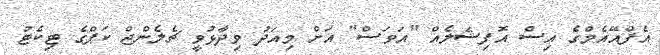
އެފްއޭއެމްގެ އިސް އޮފިޝަލެއް "އަވަސް" އަށް މިއަދު ވިދާޅުވީ ޗެލެންްޖް ކަޕްގެ ޓިކެޓު